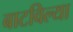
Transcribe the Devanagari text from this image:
बाटविल्या